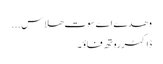
وھدے اے سوت ھلاس ...
ڈاکٹرروتھ فاؤ ۔